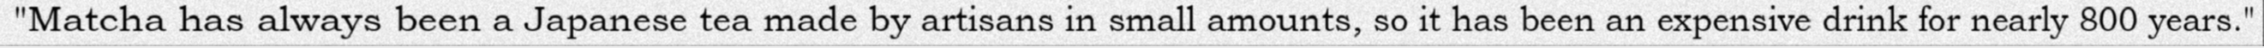
"Matcha has always been a Japanese tea made by artisans in small amounts, so it has been an expensive drink for nearly 800 years."